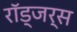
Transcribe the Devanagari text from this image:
रॉड्जर्स